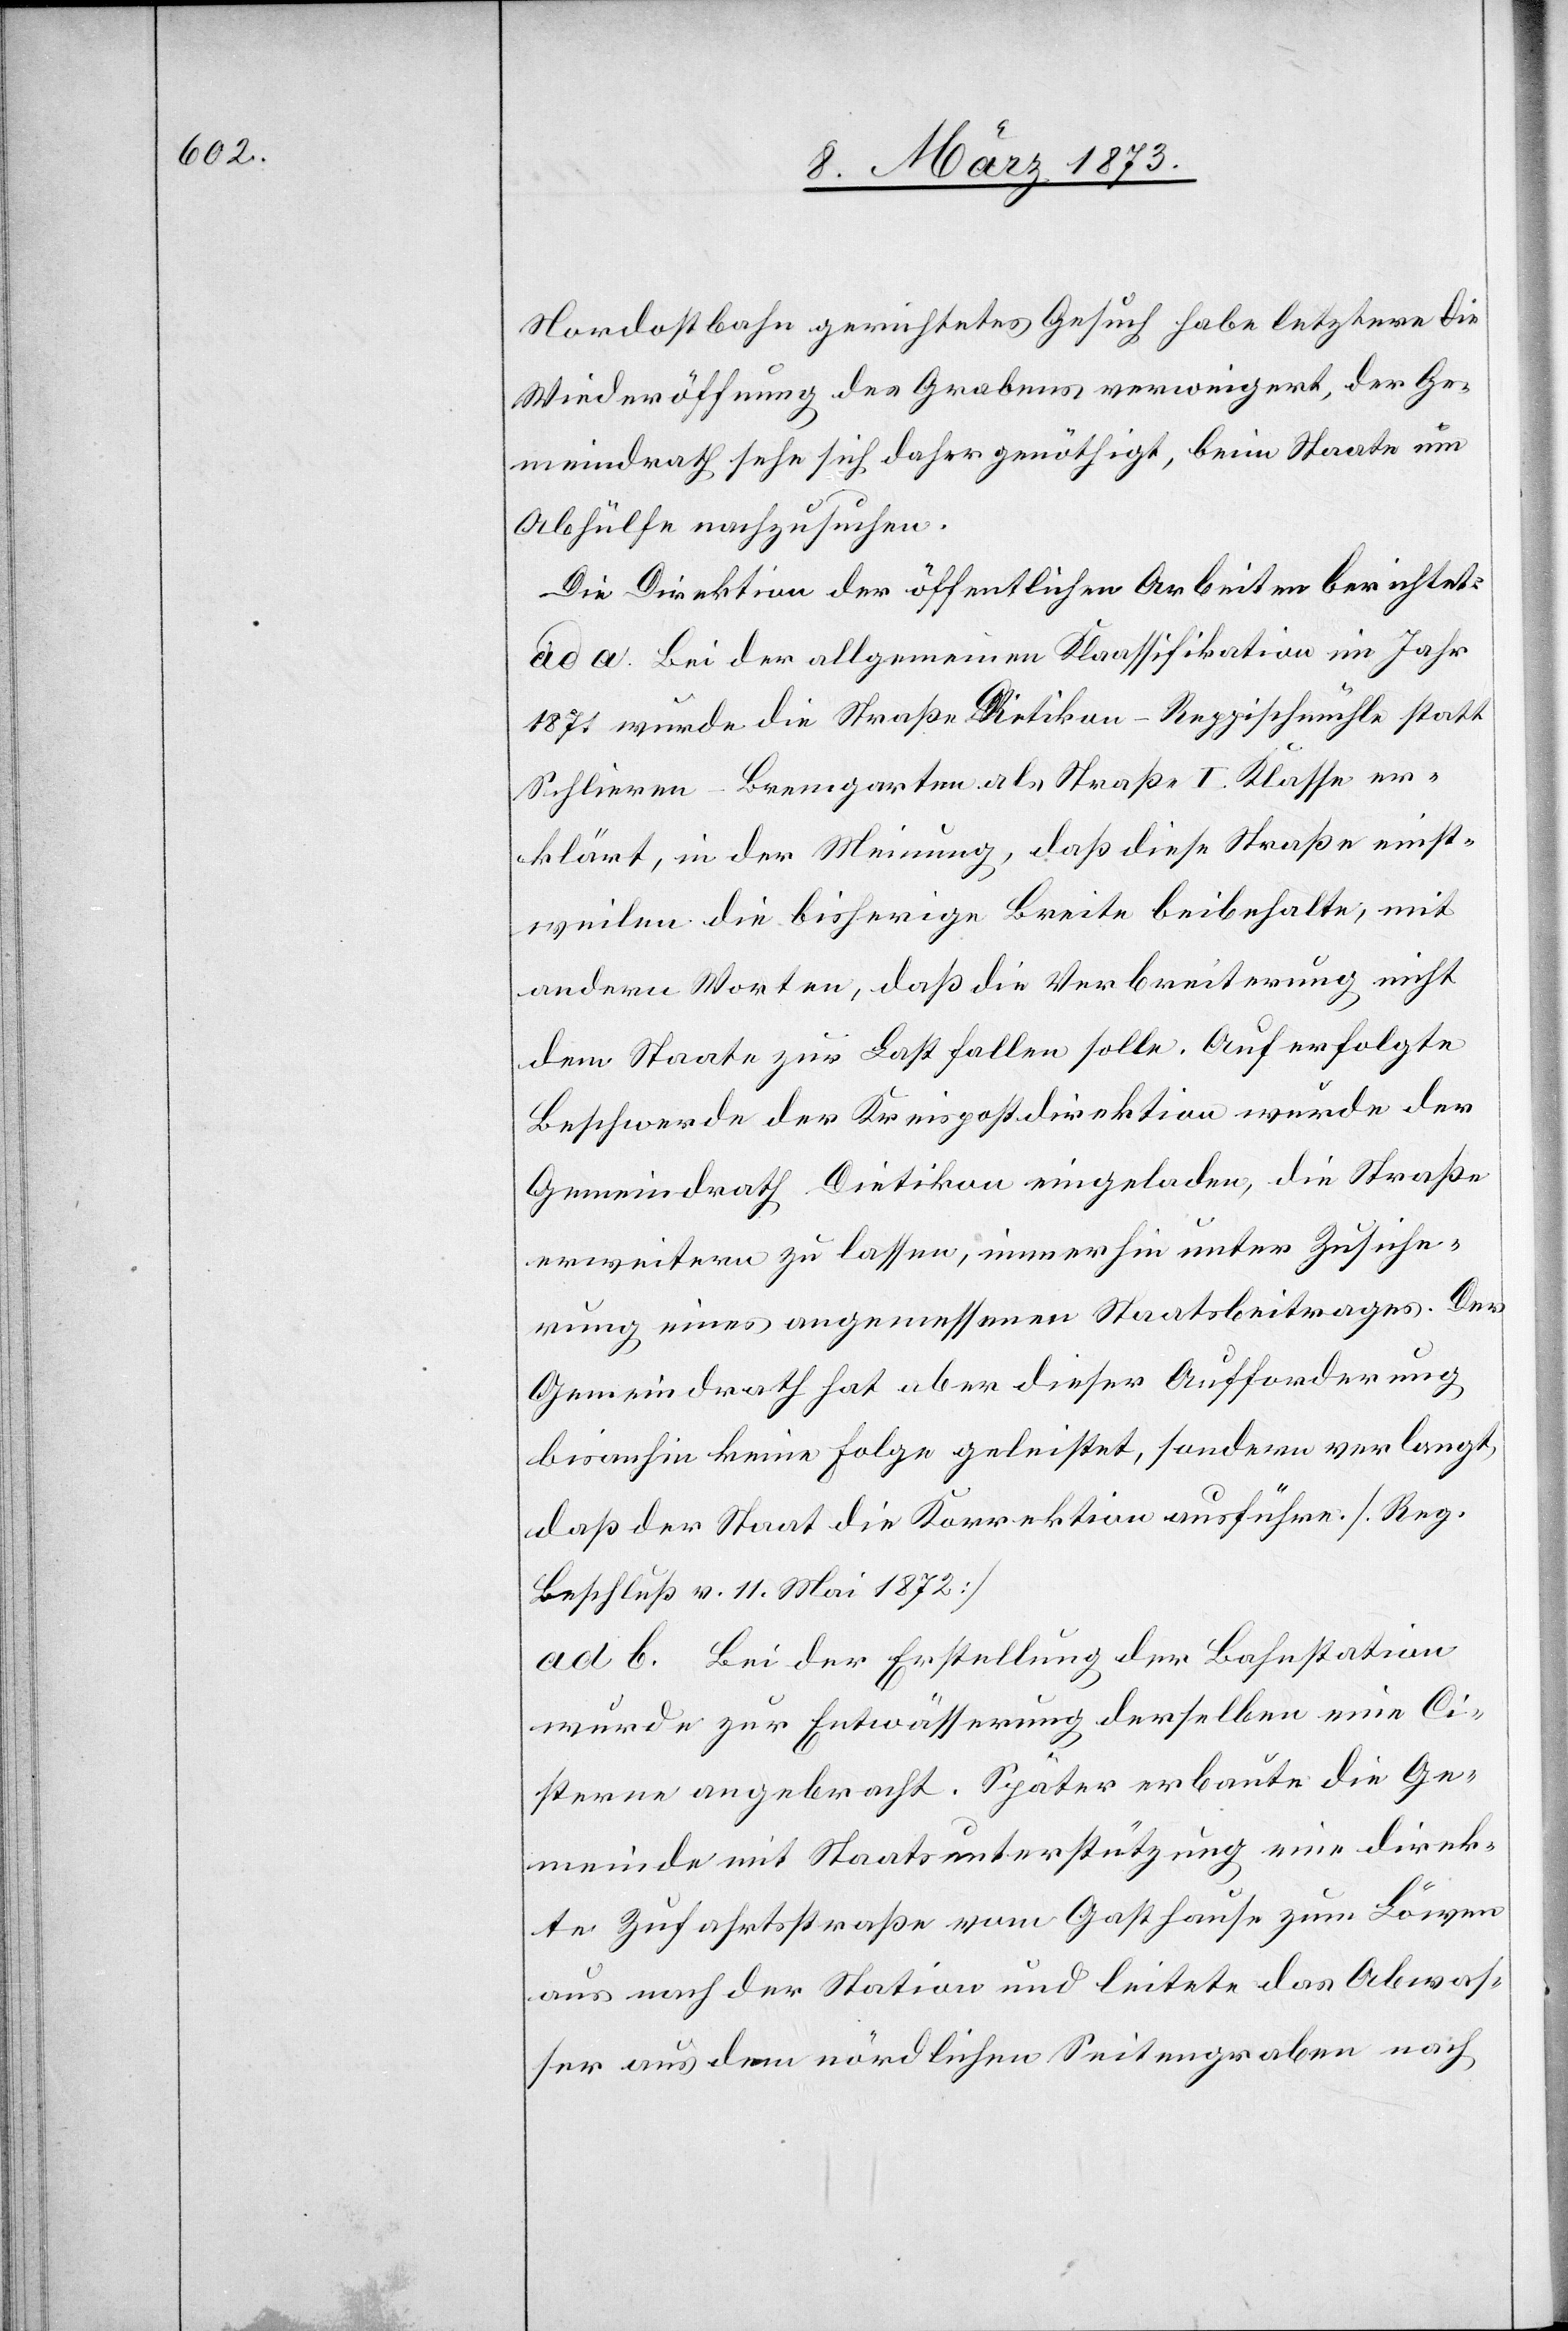
Nordostbahn gerichtetes Gesuch habe letztere die
Wiederöffnung des Grabens verweigert, der Ge¬
meindrath sehe sich daher genöthigt, beim Staate um
Abhülfe nachzusuchen.
Die Direktion der öffentlichen Arbeiten berichtet:
ad a. Bei der allgemeinen Klassifikation im Jahr
1871 wurde die Straße Dietikon–Reppischmühle statt
Schlieren–Bremgarten als Straße I. Klasse er¬
klärt, in der Meinung, daß diese Straße einst¬
weilen die bisherige Breite beibehalte, mit
andern Worten, daß die Verbreiterung nicht
dem Staate zur Last fallen solle. Auf erfolgte
Beschwerde der Kreispostdirektion wurde der
Gemeindrath Dietikon eingeladen, die Straße
erweitern zu lassen, immerhin unter Zusiche¬
rung eines angemessenen Staatsbeitrages. Der
Gemeindrath hat aber dieser Aufforderung
bisanhin keine Folge geleistet, sondern verlangt,
daß der Staat die Korrektion ausführe. [Reg.
Beschluß v. 11. Mai 1872]
ad b. Bei der Erstellung der Bahnstation
wurde zur Entwässerung derselben eine Ci¬
sterne angebracht. Später erbaute die Ge¬
meinde mit Staatsunterstützung eine direk¬
te Zufahrtsstraße vom Gasthause zum Löwen
aus nach der Station und leitete das Abwas¬
ser aus dem nördlichen Seitengraben nach